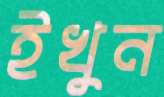
ইখুন